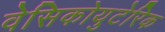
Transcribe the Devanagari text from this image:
वेसिकोयुटेरिक